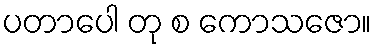
ပတာပေါ တု စ ကောသဇော။